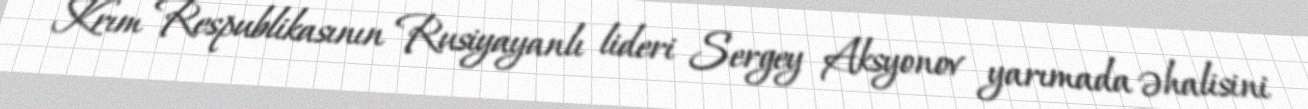
Krım Respublikasının Rusiyayanlı lideri Sergey Aksyonov yarımada əhalisini